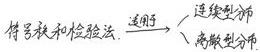
信号积和检验法 $\xrightarrow{适用于}$ \begin{cases} \text{连续型分布} \\ \text{离散型分布} \end{cases}